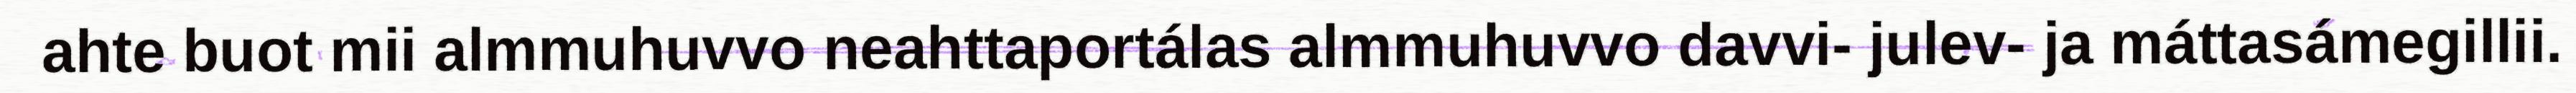
ahte buot mii almmuhuvvo neahttaportálas almmuhuvvo davvi- julev- ja máttasámegillii.